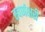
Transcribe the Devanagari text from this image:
स्वर्णक्षरी